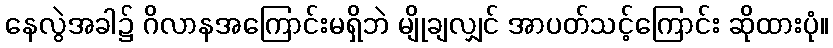
နေလွဲအခါ၌ ဂိလာနအကြောင်းမရှိဘဲ မျိုချလျှင် အာပတ်သင့်ကြောင်း ဆိုထားပုံ။